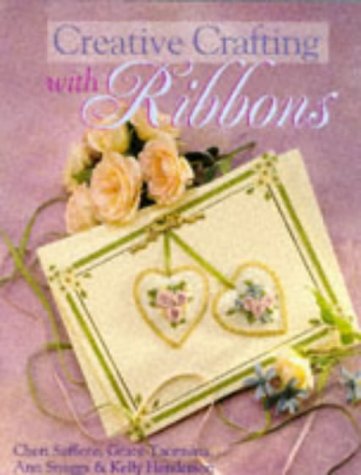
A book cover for Creative Crafting With Ribbons; Kelly Henderson; Crafts, Hobbies & Home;